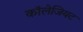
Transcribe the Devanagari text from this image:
कॉलेजियट